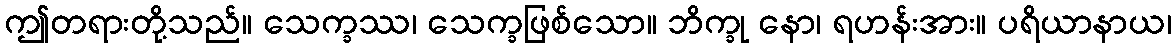
ဤတရားတို့သည်။ သေက္ခဿ၊ သေက္ခဖြစ်သော။ ဘိက္ခု နော၊ ရဟန်းအား။ ပရိယာနာယ၊